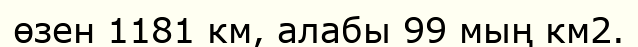
өзен 1181 км, алабы 99 мың км2.